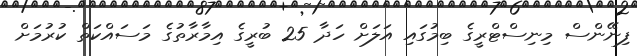
ފިނޭންސް މިނިސްޓްރީގެ ބިމުގައި އަލަށް ހަދާ 25 ބުރީގެ އިމާރާތުގެ މަސައްކަތް ކުރުމަށް